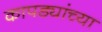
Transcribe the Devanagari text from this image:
कापड्यांच्या